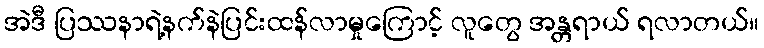
အဲဒီ ပြဿနာရဲ့နက်နဲပြင်းထန်လာမှုကြောင့် လူတွေ အန္တရာယ် ရလာတယ်။